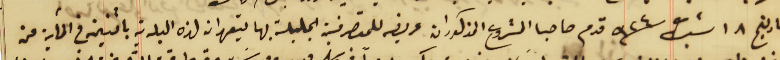
بتاريخ ١٨ شباط سنة ٩٢٤ قدم صاحبا المشروع المذكوران عريضه للمتصرفية الجليلة بها يتعهدان لهذه البلدية باثنين في المآية من